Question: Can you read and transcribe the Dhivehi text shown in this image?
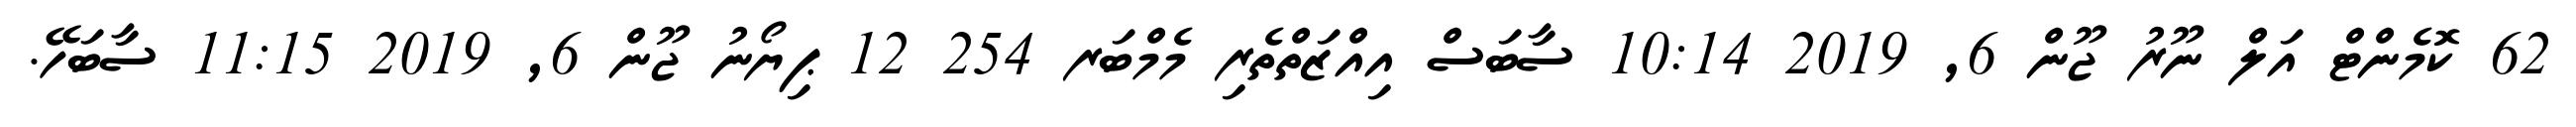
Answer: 62 ކޮމެންޓް އަލް ނޫރު ޖޫން 6, 2019 10:14 ސާބަސް އިއްޒަތްތެރި މެމްބަރ 254 12 ޕިޔޯނު ޖޫން 6, 2019 11:15 ސާބަހޭ.